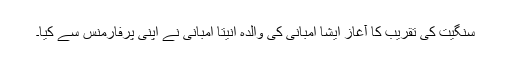
سنگیت کی تقریب کا آغاز ایشا امبانی کی والدہ انیتا امبانی نے اپنی پرفارمنس سے کیا۔